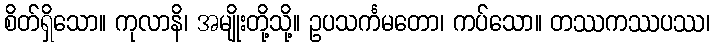
စိတ်ရှိသော။ ကုလာနိ၊ အမျိုးတို့သို့။ ဥပသင်္ကမတော၊ ကပ်သော။ တဿကဿပဿ၊